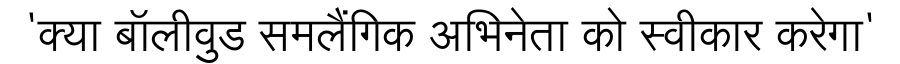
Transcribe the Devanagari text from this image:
'क्या बॉलीवुड समलैंगिक अभिनेता को स्वीकार करेगा'